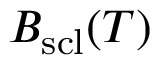
B _ { \mathrm { s c l } } ( T )